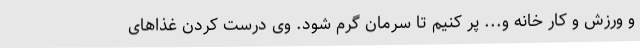
و ورزش و کار خانه و... پر کنیم تا سرمان گرم شود. وی درست کردن غذاهای